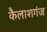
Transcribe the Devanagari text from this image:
कैलाशगंज